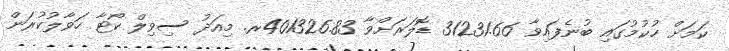
ކަމަށް ހުކުމުގައި ބުނެފައިވާ 31231.66 ޑޮލަރަށްވާ 401326.83ރ. މިއަދު ސިވިލް ކޯޓާ ހަވާލުކުރަން